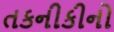
તકનીકીનો